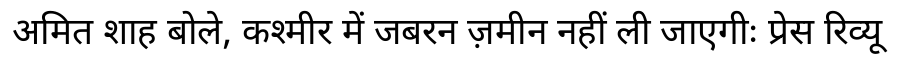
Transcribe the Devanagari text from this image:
अमित शाह बोले, कश्मीर में जबरन ज़मीन नहीं ली जाएगीः प्रेस रिव्यू